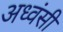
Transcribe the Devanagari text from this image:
अध्वंसी